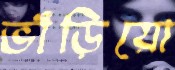
ভাঁড়িয়ো